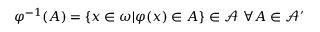
\varphi ^ { - 1 } ( A ) = \{ x \in \omega | \varphi ( x ) \in A \} \in \mathcal { A } ~ \forall A \in \mathcal { A } ^ { \prime }